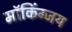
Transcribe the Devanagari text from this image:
मॉकिंग्जय